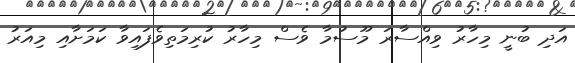
އަދި ބުނީ މިހާރު ވިއްސާރަ މޫސުމާ ވެސް މިހާރު ކުރިމަތިވެފައިވާ ކަމަށާއި މިއަރު